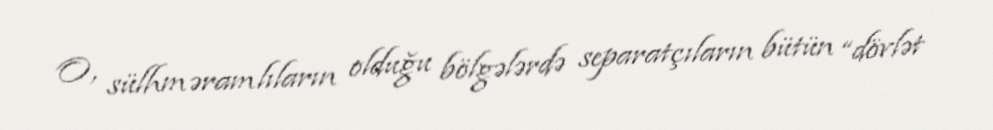
O, sülhməramlıların olduğu bölgələrdə separatçıların bütün “dövlət